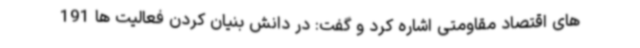
های اقتصاد مقاومتی اشاره کرد و گفت: در دانش بنیان کردن فعالیت ها 191